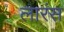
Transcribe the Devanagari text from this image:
लारंस